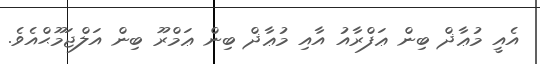
އެއީ މުޢާޛް ބިން ޢަފްރާއު އާއި މުޢާޛް ބިން ޢަމްރޫ ބިން އަލްޖަމޫޙްއެވެ.